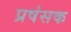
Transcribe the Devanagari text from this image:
प्रषंसक